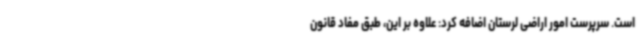
است. سرپرست امور اراضی لرستان اضافه کرد: علاوه بر این، طبق مفاد قانون